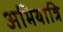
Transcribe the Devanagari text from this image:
अभियांत्रि